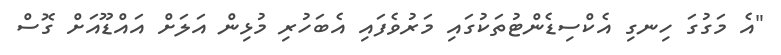
"އެ މަގުގަ ހިނގި އެކްސިޑެންޓުތަކުގައި މަރުވެފައި އެބަހުރި މުޅިން އަލަށް އައްޑޫއަށް ގޮސް